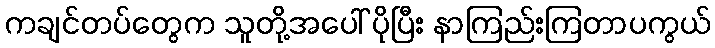
ကချင်တပ်တွေက သူတို့အပေါ် ပိုပြီး နာကြည်းကြတာပကွယ်